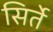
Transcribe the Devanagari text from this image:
सिर्ते